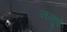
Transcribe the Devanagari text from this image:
नन्हुई